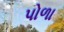
પોળા